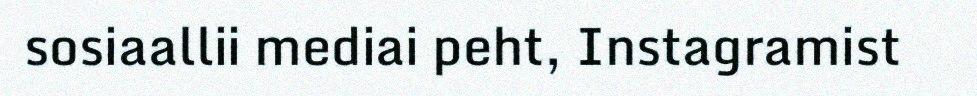
sosiaallii mediai peht, Instagramist